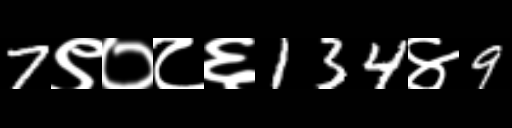
Text: 7९०८६134४9